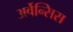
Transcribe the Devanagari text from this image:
अर्वेन्सिस